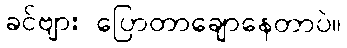
ခင်ဗျား ပြောတာချောနေတာပဲ။